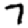
Digit: 7